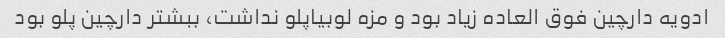
ادویه دارچین فوق العاده زیاد بود و مزه لوبیاپلو نداشت، ببشتر دارچین پلو بود